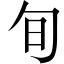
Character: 旬